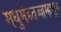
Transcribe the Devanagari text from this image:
मधुमेहतज्ज्ञम्हणून